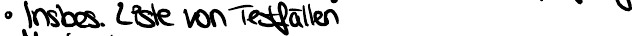
Insbes. Liste von Testfällen